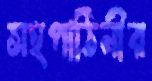
সহপাঠিনীর